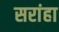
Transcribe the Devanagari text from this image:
सरांहा